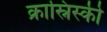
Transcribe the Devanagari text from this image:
क्रास्निस्की